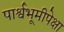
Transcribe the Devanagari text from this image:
पार्श्वभूमीपेक्षा